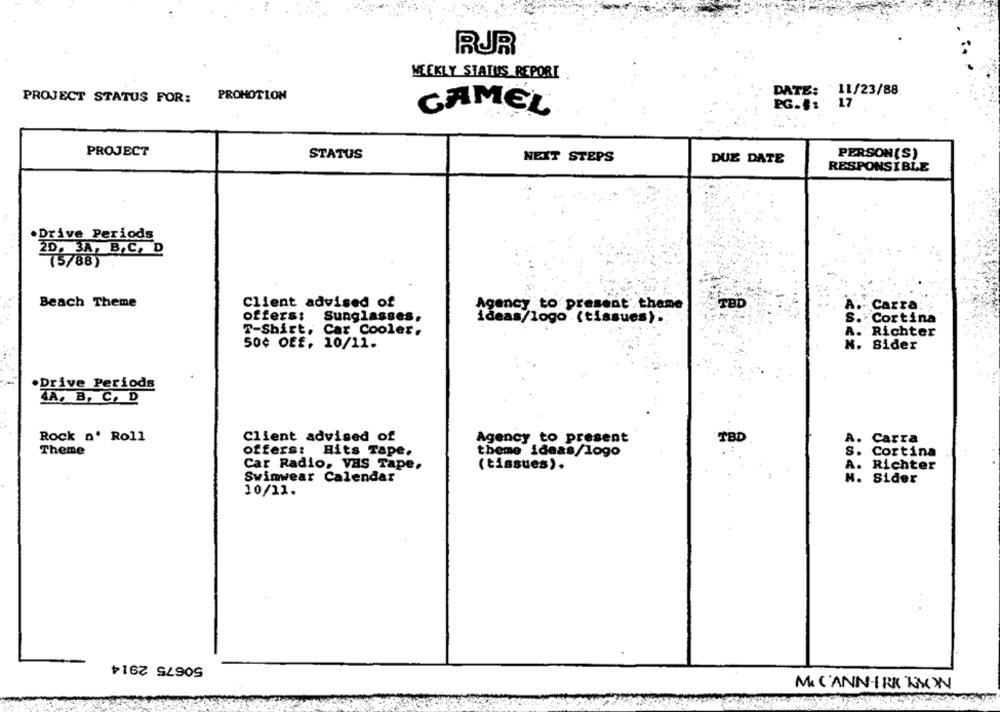
RUR
WEEKLY STATUS REPORT
DATE: 11/23/88
PROJECT STATUS FOR:
PROMOTION
PG.#: 17
CAMEL
PROJECT
STATUS
PERSON(S)
NEXT STEPS
DUE DATE
RESPONSIBLE
.Drive Periods
20, 3A, B,C, D
(5/88)
Beach Theme
Client advised of
TBD
A. Carra
Agency to present theme
offers:
Sunglasses.
ideas/logo (tissues).
S.
S. Cortina
T-Shirt, Car Cooler.
A. Richter
50¢ Off, 10/11.
M. Sider
.Drive Periods
4A, B, C, D
Rock n' Roll
Client advised of
Agency to present
TBD
A.
A. Carra
Theme
offers: Hits Tape.
theme ideas/logo
S. Cortina
Car Radio, VHS Tape.
(tissues).
A. Richter
Swimwear Calendar
M. Sider
10/11.
50675 2914
Mc CANN-IRK BUON